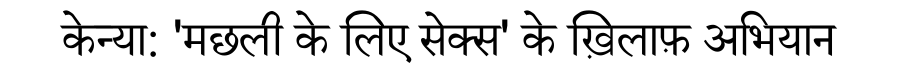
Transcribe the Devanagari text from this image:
केन्या: 'मछली के लिए सेक्स' के ख़िलाफ़ अभियान